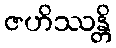
ဇဟိဿန္တိ